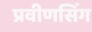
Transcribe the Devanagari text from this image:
प्रवीणसिंग